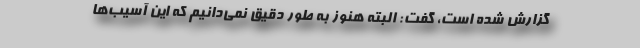
گزارش شده است، گفت: البته هنوز به طور دقیق نمی‌دانیم که این آسیب‌ها